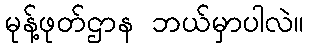
မုန့်ဖုတ်ဌာန ဘယ်မှာပါလဲ။